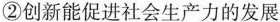
②创新能促进社会生产力的发展